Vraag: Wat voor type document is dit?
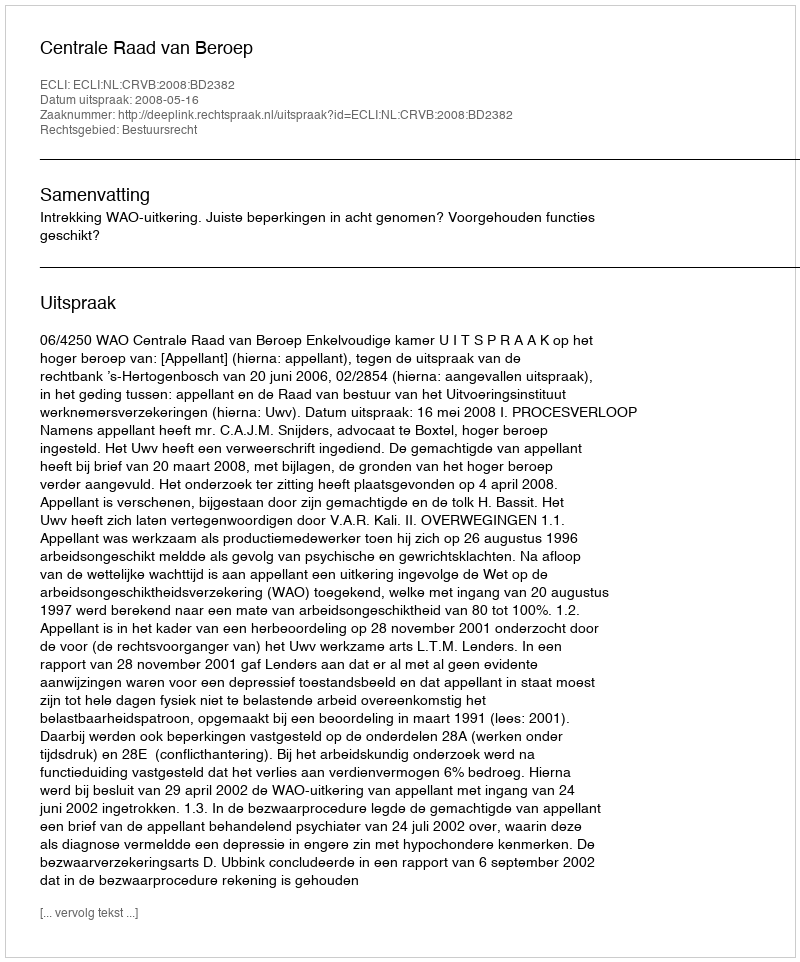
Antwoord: Uitspraak